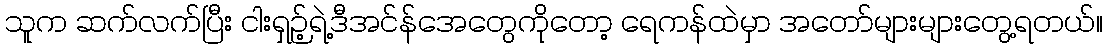
သူက ဆက်လက်ပြီး ငါးရှဉ့်ရဲ့ဒီအင်န်အေတွေကိုတော့ ရေကန်ထဲမှာ အတော်များများတွေ့ရတယ်။